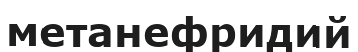
метанефридий